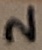
Text: 2